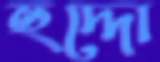
হুদ্দো